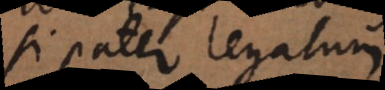
si pater legatum